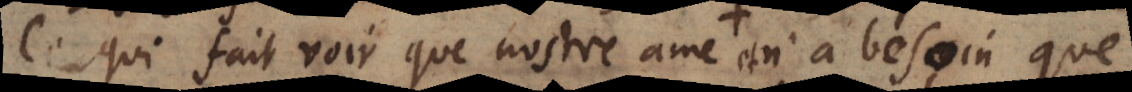
Ce qui fait voir que nostre ame sçait tout